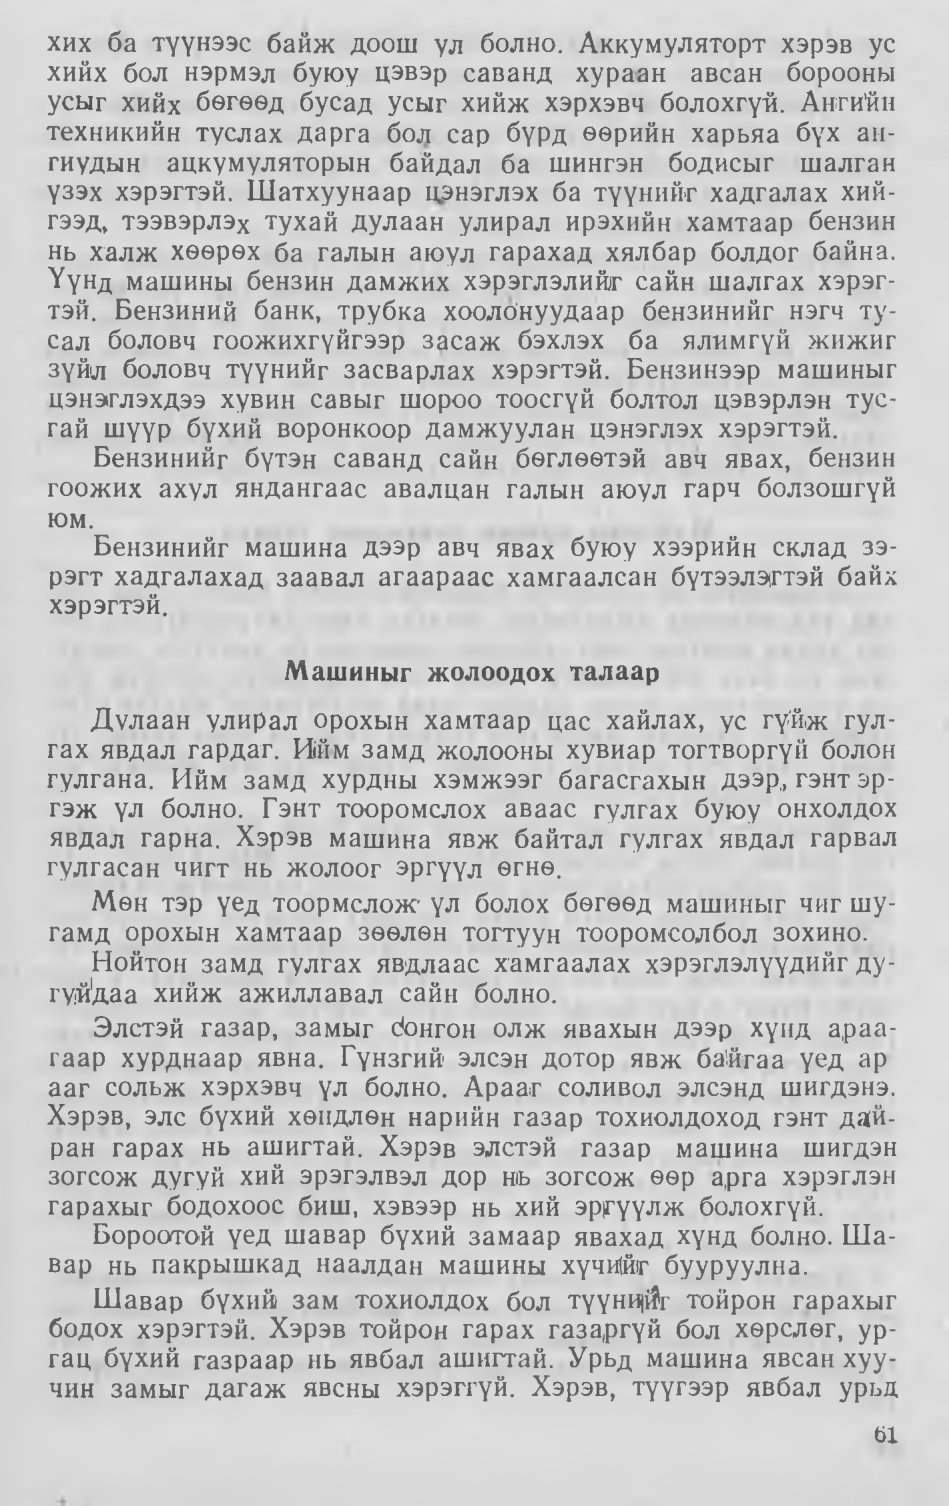
Language: mn